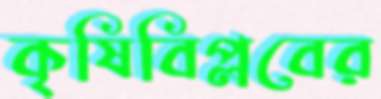
কৃষিবিপ্লবের